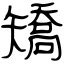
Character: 矯